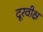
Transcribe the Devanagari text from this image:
दूरवीक्ष